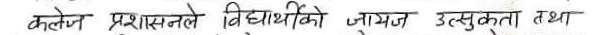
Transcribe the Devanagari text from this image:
कलेज प्रशासनले विद्यार्थीको जाँचन उत्सुकता तथा